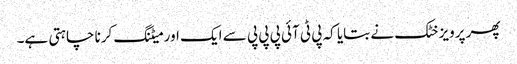
پھر پرویز خٹک نے بتایا کہ پی ٹی آئی پی پی پی سے ایک اور میٹنگ کرنا چاہتی ہے۔